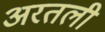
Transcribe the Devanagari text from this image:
अरतली